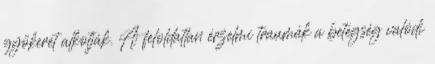
gyökerét alkotják. A feloldatlan érzelmi traumák a betegség valódi